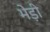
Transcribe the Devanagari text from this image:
भेड़ी